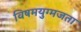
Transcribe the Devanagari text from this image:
विषमयुग्मजता